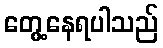
တွေ့နေရပါသည်